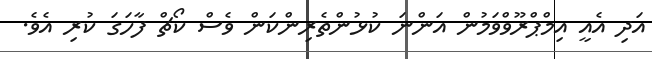
އަދި އެއީ އިމްޕްރޫވްވަމުން އަންނަ ކުޅުންތެރިންކަން ވެސް ކޯޗް ފާހަގަ ކުރި އެވެ.